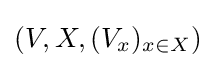
(V,X,(V_{x})_{x\in X})